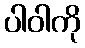
ပါဝါကို